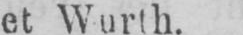
et Wurth.